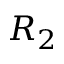
R _ { 2 }